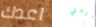
اعدك اردتي